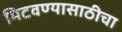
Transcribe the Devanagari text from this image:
मिटवण्यासाठीचा